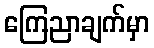
ကြေညာချက်မှာ